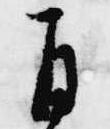
自